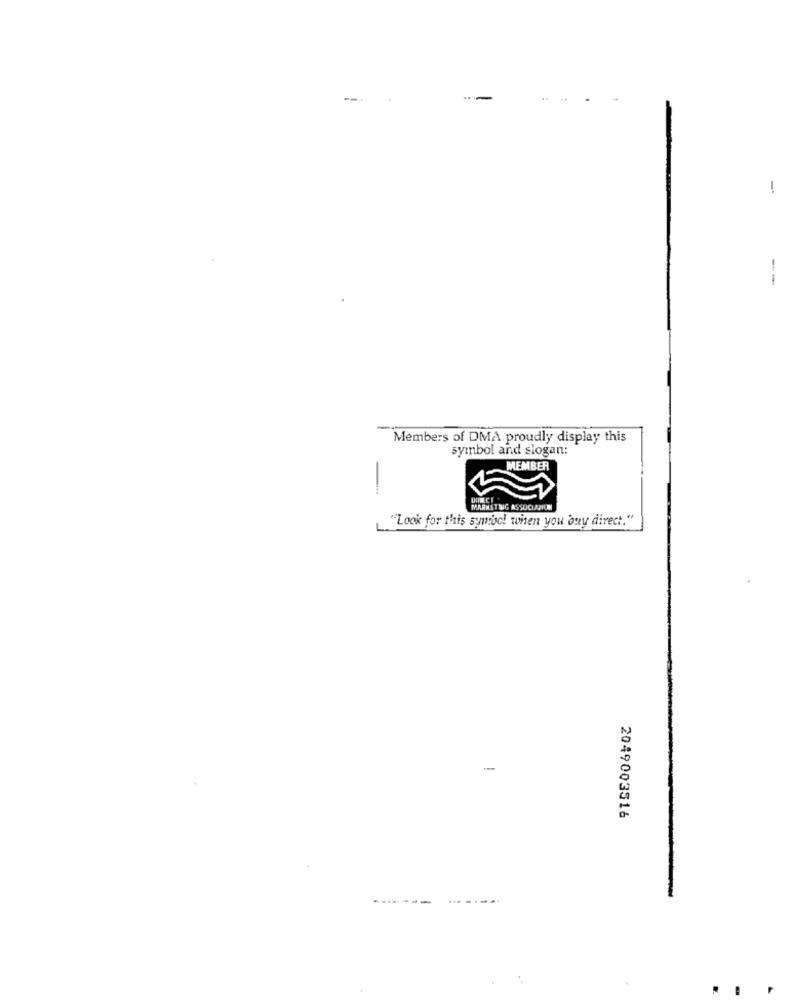
--
-
--
Members of DMA proudly display this
symbol and slogan:
MEMBER
-
MARKETING ASSOCIATION
"Look for this symbo! when you buy direct."
-
2049003516
-------
...-...